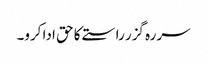
سر رہ گزر راستے کا حق ادا کرو۔